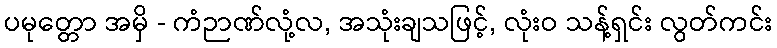
ပမုတ္တော အမှိ - ကံဉာဏ်လုံ့လ, အသုံးချသဖြင့်, လုံးဝ သန့်ရှင်း လွတ်ကင်း